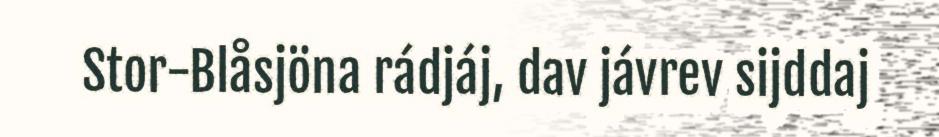
Stor-Blåsjöna rádjáj, dav jávrev sijddaj